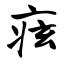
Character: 痃